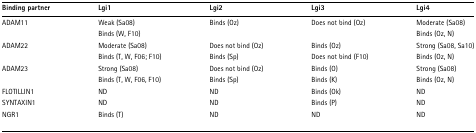
<table><thead><tr><td><b>Binding partner</b></td><td><b>Lgi1</b></td><td><b>Lgi2</b></td><td><b>Lgi3</b></td><td><b>Lgi4</b></td></tr></thead><tbody><tr><td>ADAM11</td><td>Weak (Sa08)</td><td>Binds (Oz)</td><td>Does not bind (Oz)</td><td>Moderate (Sa08)</td></tr><tr><td></td><td>Binds (W, F10)</td><td></td><td></td><td>Binds (Oz, N)</td></tr><tr><td>ADAM22</td><td>Moderate (Sa08)</td><td>Does not bind (Oz)</td><td>Binds (Oz)</td><td>Strong (Sa08, Sa10)</td></tr><tr><td></td><td>Binds (T, W, F06; F10)</td><td>Binds (Sp)</td><td>Does not bind (F10)</td><td>Binds (Oz, N)</td></tr><tr><td>ADAM23</td><td>Strong (Sa08)</td><td>Does not bind (Oz)</td><td>Binds (O)</td><td>Strong (Sa08)</td></tr><tr><td></td><td>Binds (T, W, F06, F10)</td><td>Binds (Sp)</td><td>Binds (K)</td><td>Binds (Oz, N)</td></tr><tr><td>FLOTILLIN1</td><td>ND</td><td>ND</td><td>Binds (Ok)</td><td>ND</td></tr><tr><td>SYNTAXIN1</td><td>ND</td><td>ND</td><td>Binds (P)</td><td>ND</td></tr><tr><td>NGR1</td><td>Binds (T)</td><td>ND</td><td>ND</td><td>ND</td></tr></tbody></table>